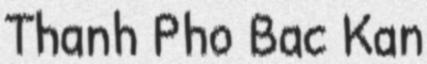
Thanh Pho Bac Kan